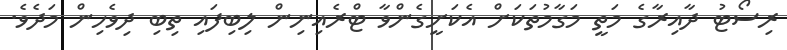
ރިސޯޓު ދާއިރާގެ މަތީ މަގާމުތަކަށް އެކަށީގެންވާ ޓްރެއިނިން ލިބިފައި ތިބި ދިވެހިން މަދެވެ.